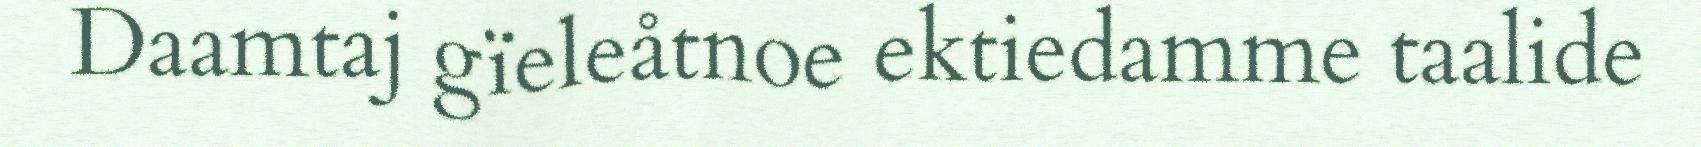
Daamtaj gïeleåtnoe ektiedamme taalide